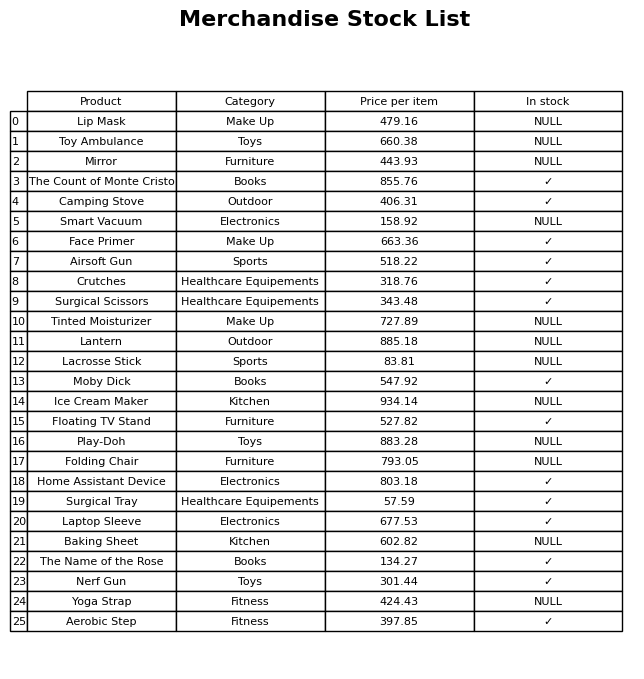
question: What is the price for Airsoft Gun?
answer: The price of Airsoft Gun is 518.22.